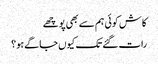
کاش کوئی ہم سے بھی پوچھے
رات گئے تک کیوں جاگے ہو؟